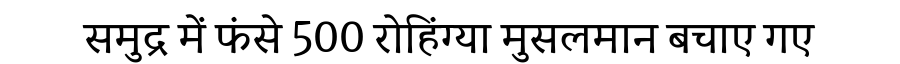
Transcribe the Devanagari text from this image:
समुद्र में फंसे 500 रोहिंग्या मुसलमान बचाए गए